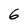
Character: 6